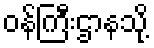
ဝန်ကြီးဌာနသို့